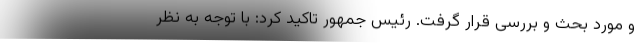
و مورد بحث و بررسی قرار گرفت. رئیس جمهور تاکید کرد: با توجه به نظر